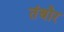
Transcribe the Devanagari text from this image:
तंबौर